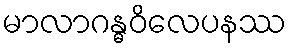
မာလာဂန္ဓဝိလေပနဿ